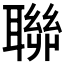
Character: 聯